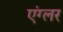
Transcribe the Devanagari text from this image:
एंग्लर